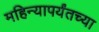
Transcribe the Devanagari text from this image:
महिन्यापर्यंतच्या